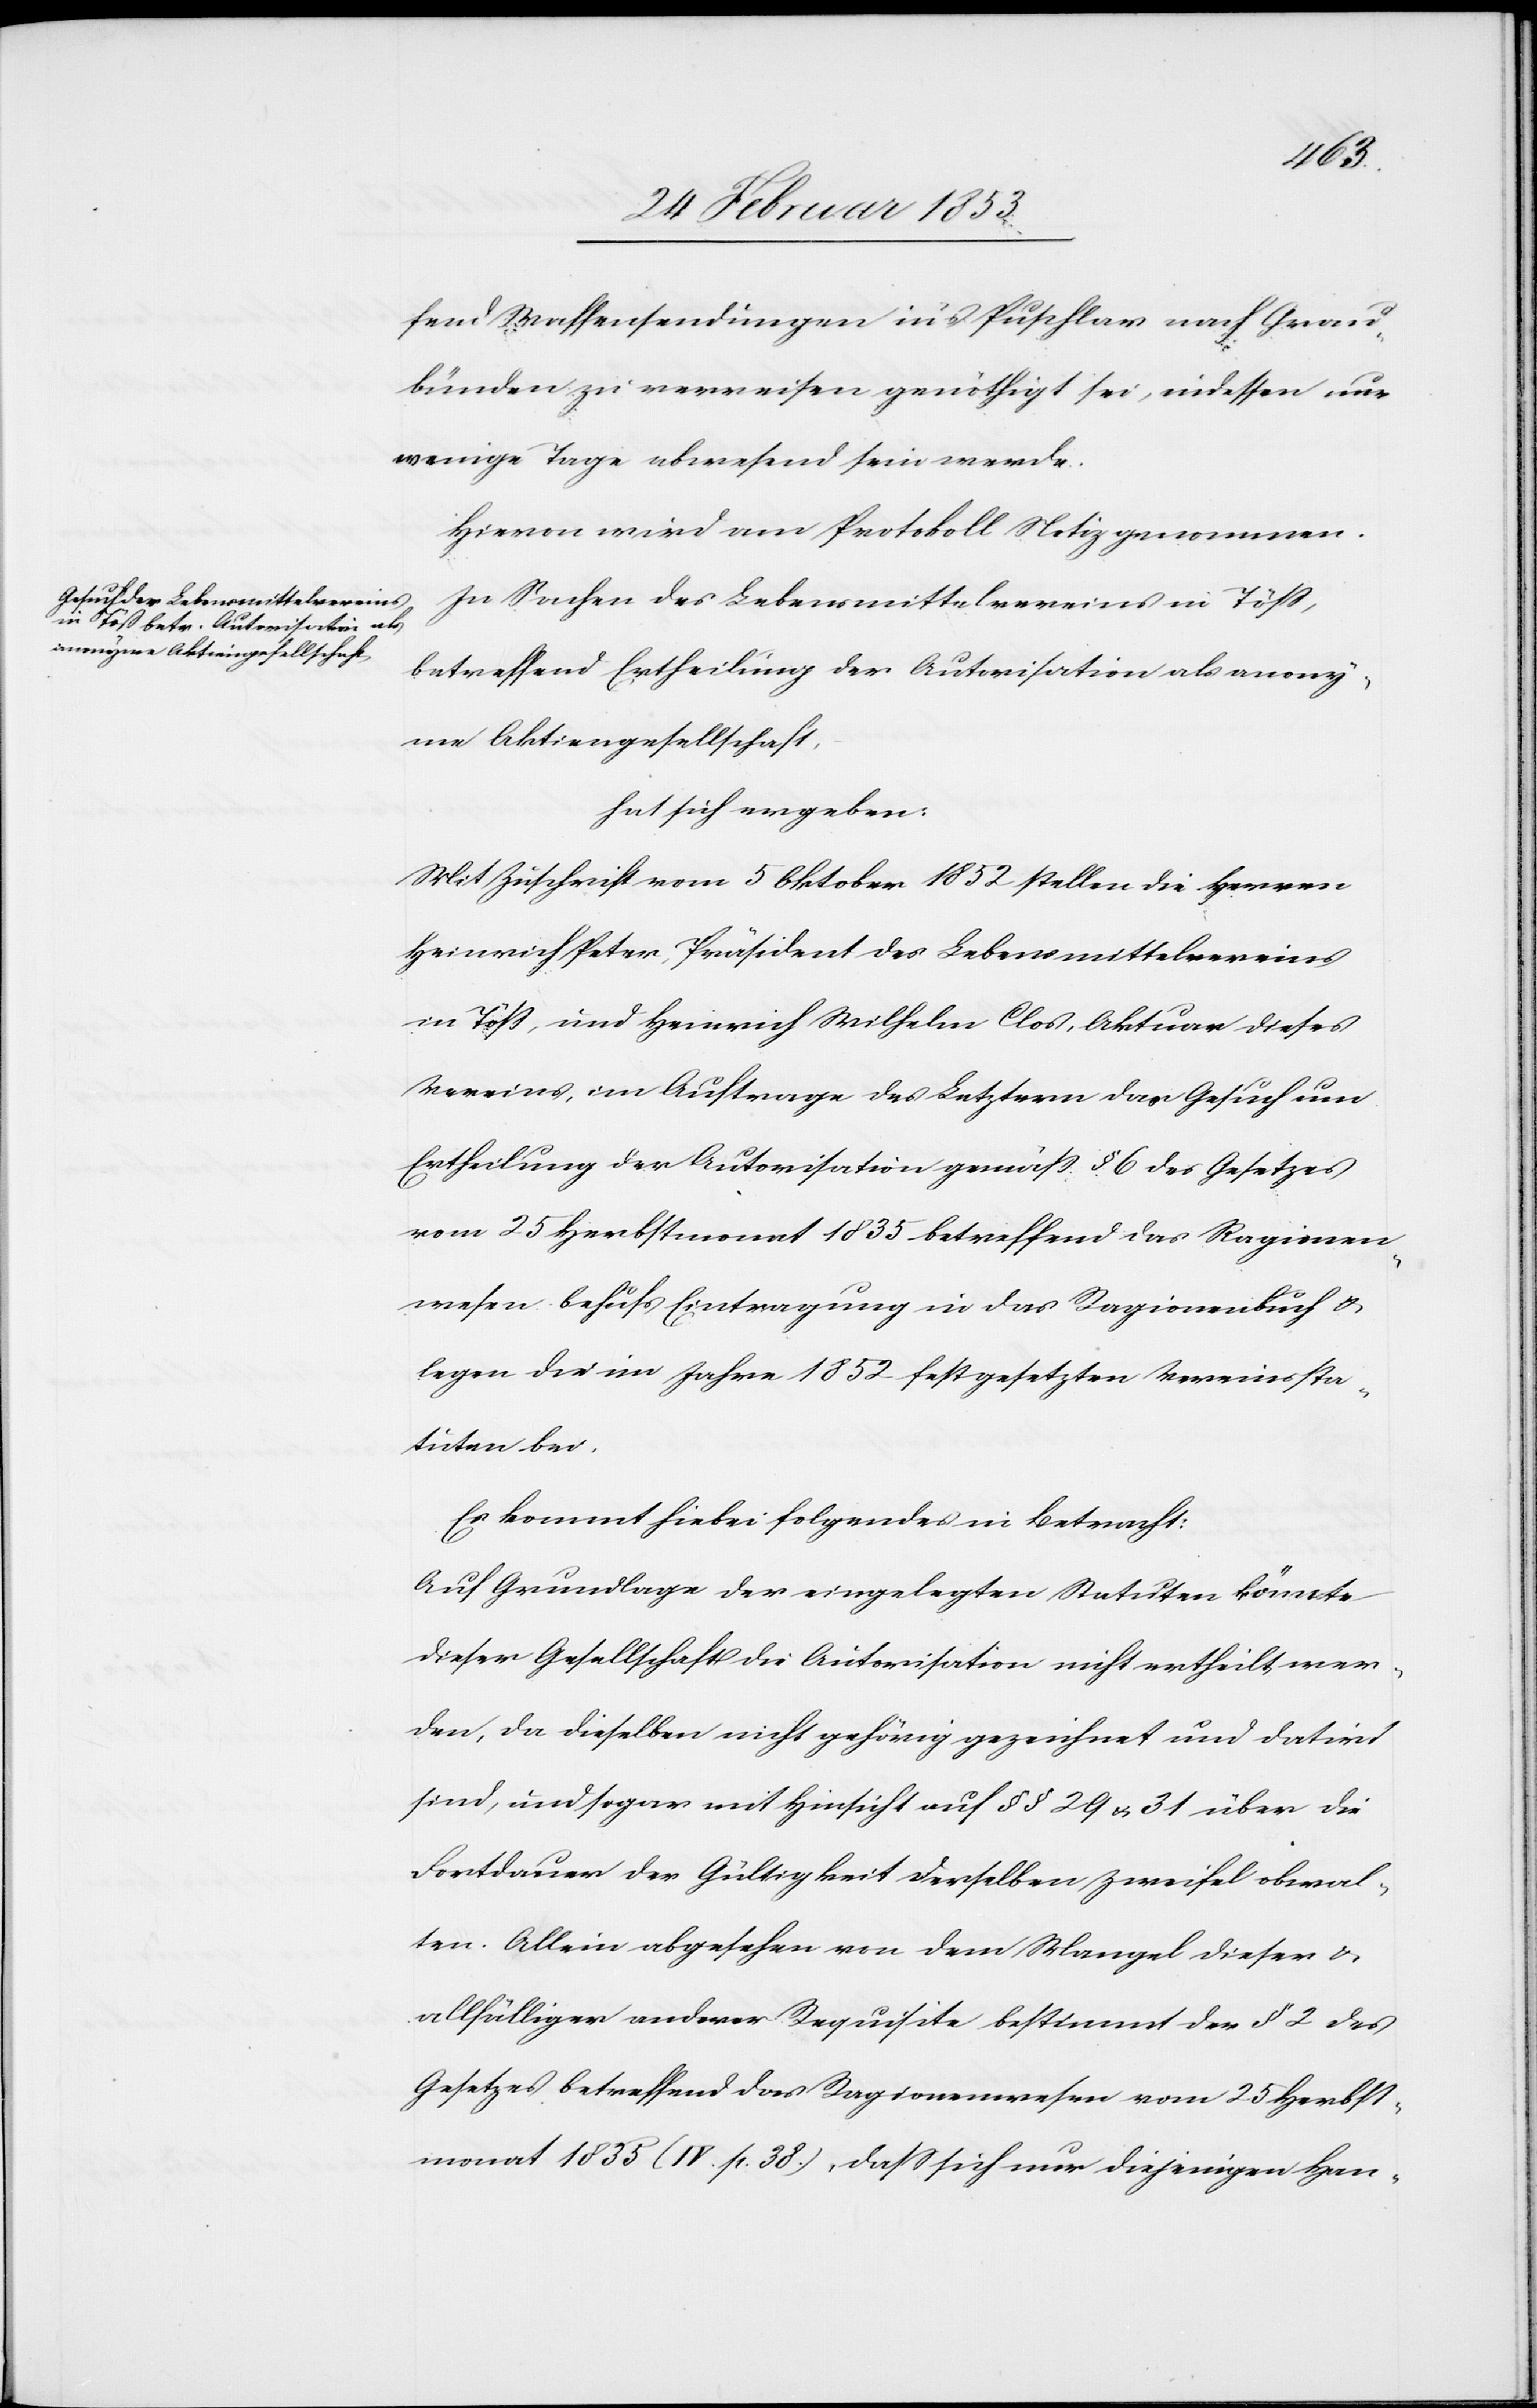
fend Waffensendungen in’s Puschlav nach Grau¬
bünden zu verreisen genöthigt sei, indessen nur
wenige Tage abwesend sein werde.
Hievon wird am Protokoll Notiz genommen.
In Sachen des Lebensmittelvereines in Töß,
betreffend Ertheilung der Autorisation als anony¬
me Aktiengesellschaft,
hat sich ergeben:
Mit Zuschrift vom 5 Oktober 1852 stellen die Herrn
Heinrich Peter, Präsident des Lebensmittelvereines
in Töß, und Heinrich Wilhelm Clost, Aktuar dieses
Vereines, im Auftrage des Letztern das Gesuch um
Ertheilung der Autorisation gemäß § 6 des Gesetzes
vom 25 Herbstmonat 1835 betreffend das Ragionen¬
wesen behufs Eintragung in das Ragionenbuch u.
legen die im Jahre 1852 festgesetzten Vereinssta¬
tuten bei.
Es kommt hiebei folgendes in Betracht:
Auf Grundlage der eingelegten Statuten könnte
dieser Gesellschaft die Autorisation nicht ertheilt wer¬
den, da dieselben nicht gehörig gezeichnet und datirt
sind, und sogar mit Hinsicht auf §§ 29 u. 31 über die
Fortdauer der Gültigkeit derselben Zweifel obwal¬
ten. Alleine abgesehen von dem Mangel dieser u.
allfälliger anderer Requisite bestimmt der § 2 des
Gesetzes betreffend das Ragionenwesen vom 25 Herbst¬
monat 1835 (IV. se. 38), daß sich nur diejenigen Han-